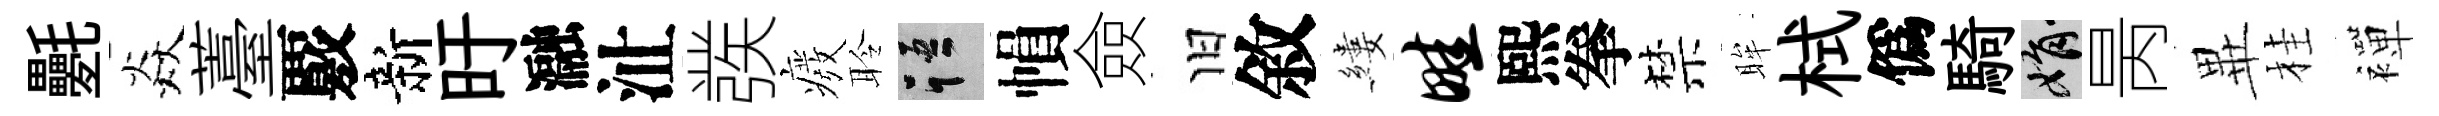
氎焱薹覈新旴瀜沚彂癈聆語𢄙僉旧敘縷畦熙拳禁眸栻僞騎娟昺𭺾桂襌